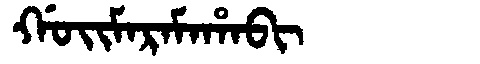
Manchu: ᡤᠣᡳᠮᠠᡵᠠᠮᠠᡥᠠᠪᡳ
Romanization: GOIMARAMAHABI